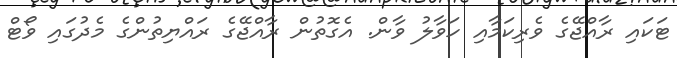
ޓަކައި ރާއްޖޭގެ ވެރިކަމާއި ހަވާލު ވާން. އެގޮތުން ރާއްޖޭގެ ރައްޔިތުންގެ މެދުގައި ވޯޓް